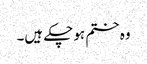
وہ ختم ہو چکے ہیں۔